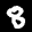
Label: 8